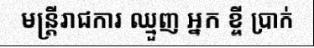
មន្ត្រីរាជការ ឈ្មួញ អ្នក ខ្ចី ប្រាក់